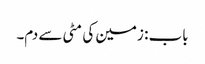
باب : زمین کی مٹی سے دم۔